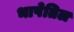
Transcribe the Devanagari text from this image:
भाषेतिल